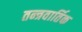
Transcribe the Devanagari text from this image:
तन्त्रवार्तिक